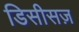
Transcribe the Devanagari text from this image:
डिसीसज़